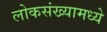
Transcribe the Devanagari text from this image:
लोकसंख्यामध्ये